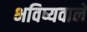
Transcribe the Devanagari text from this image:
भविष्यवाले